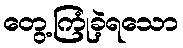
တွေ့ကြုံခဲ့ရသော